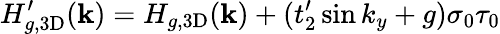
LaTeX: H_{g,\mathrm{3D}}^{\prime}(\mathbf{k})=H_{g,\mathrm{3D}}(\mathbf{k})+(t_{2}^{\prime}\sin k_{y}+g)\sigma_{0}\tau_{0}